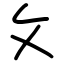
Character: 攵